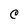
Character: C